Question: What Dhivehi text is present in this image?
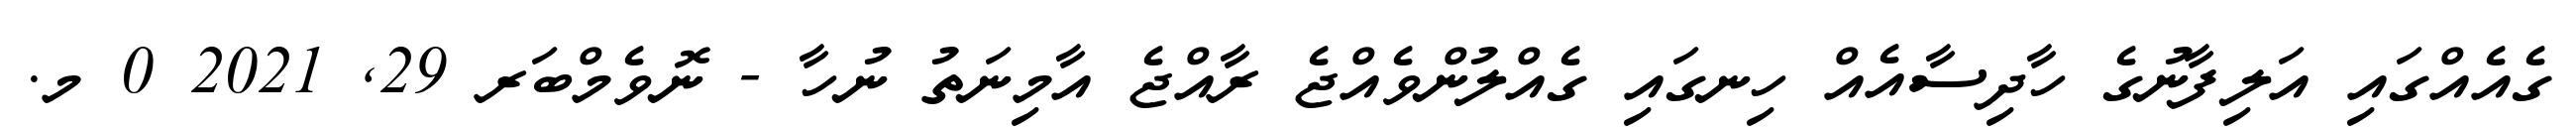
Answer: ގެއެއްގައި އަލިފާނުގެ ހާދިސާއެއް ހިނގައި ގެއްލުންވެއްޖެ ރާއްޖެ އާމިނަތު ނުހާ - ނޮވެމްބަރ 29, 2021 0 މ.